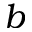
b